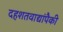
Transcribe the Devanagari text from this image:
दहशतवाद्यांपैकी